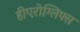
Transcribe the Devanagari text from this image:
हीएरोग्लिफ्स